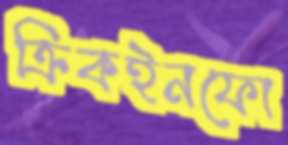
ক্রিকইনফো